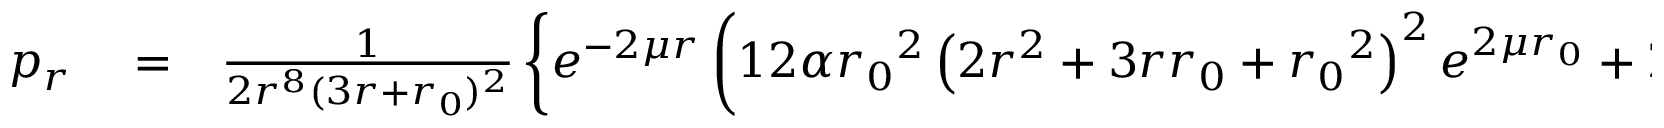
\begin{array} { r l r } { p _ { r } } & { { } = } & { \frac { 1 } { 2 r ^ { 8 } ( 3 r + { r _ { 0 } } ) ^ { 2 } } \left\lbrace e ^ { - 2 \mu r } \left( 1 2 \alpha { r _ { 0 } } ^ { 2 } \left( 2 r ^ { 2 } + 3 r { r _ { 0 } } + { r _ { 0 } } ^ { 2 } \right) ^ { 2 } e ^ { 2 \mu { r _ { 0 } } } + 2 r ^ { 2 } { r _ { 0 } } \left( 2 r ^ { 2 } + 3 r { r _ { 0 } } + { r _ { 0 } } ^ { 2 } \right) \right. \right. } \end{array}